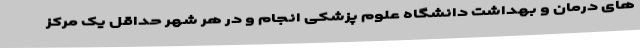
های درمان و بهداشت دانشگاه علوم پزشکی انجام و در هر شهر حداقل یک مرکز